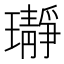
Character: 𬎛